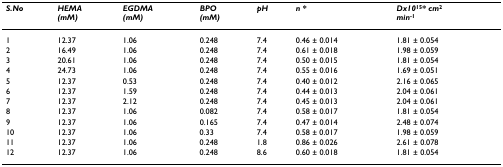
| S.No | HEMA(mM) | EGDMA(mM) | BPO(mM) | pH | n * | Dx1015* cm2min-1 |
 | --- | --- | --- | --- | --- | --- | --- |
 | 1 | 12.37 | 1.06 | 0.248 | 7.4 | 0.46 ± 0.014 | 1.81 ± 0.054 |
 | 2 | 16.49 | 1.06 | 0.248 | 7.4 | 0.61 ± 0.018 | 1.98 ± 0.059 |
 | 3 | 20.61 | 1.06 | 0.248 | 7.4 | 0.50 ± 0.015 | 1.81 ± 0.054 |
 | 4 | 24.73 | 1.06 | 0.248 | 7.4 | 0.55 ± 0.016 | 1.69 ± 0.051 |
 | 5 | 12.37 | 0.53 | 0.248 | 7.4 | 0.40 ± 0.012 | 2.16 ± 0.065 |
 | 6 | 12.37 | 1.59 | 0.248 | 7.4 | 0.44 ± 0.013 | 2.04 ± 0.061 |
 | 7 | 12.37 | 2.12 | 0.248 | 7.4 | 0.45 ± 0.013 | 2.04 ± 0.061 |
 | 8 | 12.37 | 1.06 | 0.082 | 7.4 | 0.58 ± 0.017 | 1.81 ± 0.054 |
 | 9 | 12.37 | 1.06 | 0.165 | 7.4 | 0.47 ± 0.014 | 2.48 ± 0.074 |
 | 10 | 12.37 | 1.06 | 0.33 | 7.4 | 0.58 ± 0.017 | 1.98 ± 0.059 |
 | 11 | 12.37 | 1.06 | 0.248 | 1.8 | 0.86 ± 0.026 | 2.61 ± 0.078 |
 | 12 | 12.37 | 1.06 | 0.248 | 8.6 | 0.60 ± 0.018 | 1.81 ± 0.054 |